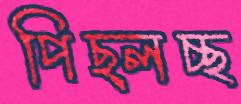
পিছ্‌লচ্ছ